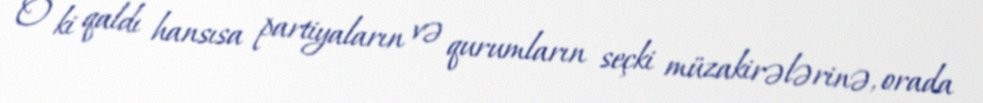
O ki qaldı hansısa partiyaların və qurumların seçki müzakirələrinə, orada